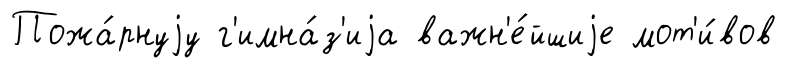
Пожа́рнуjу г'имна́з'иjа важн'е́йшиjе мот'и́вов